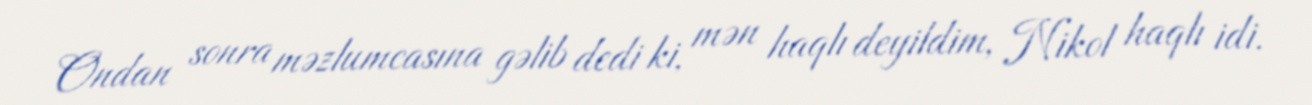
Ondan sonra məzlumcasına gəlib dedi ki, mən haqlı deyildim, Nikol haqlı idi.